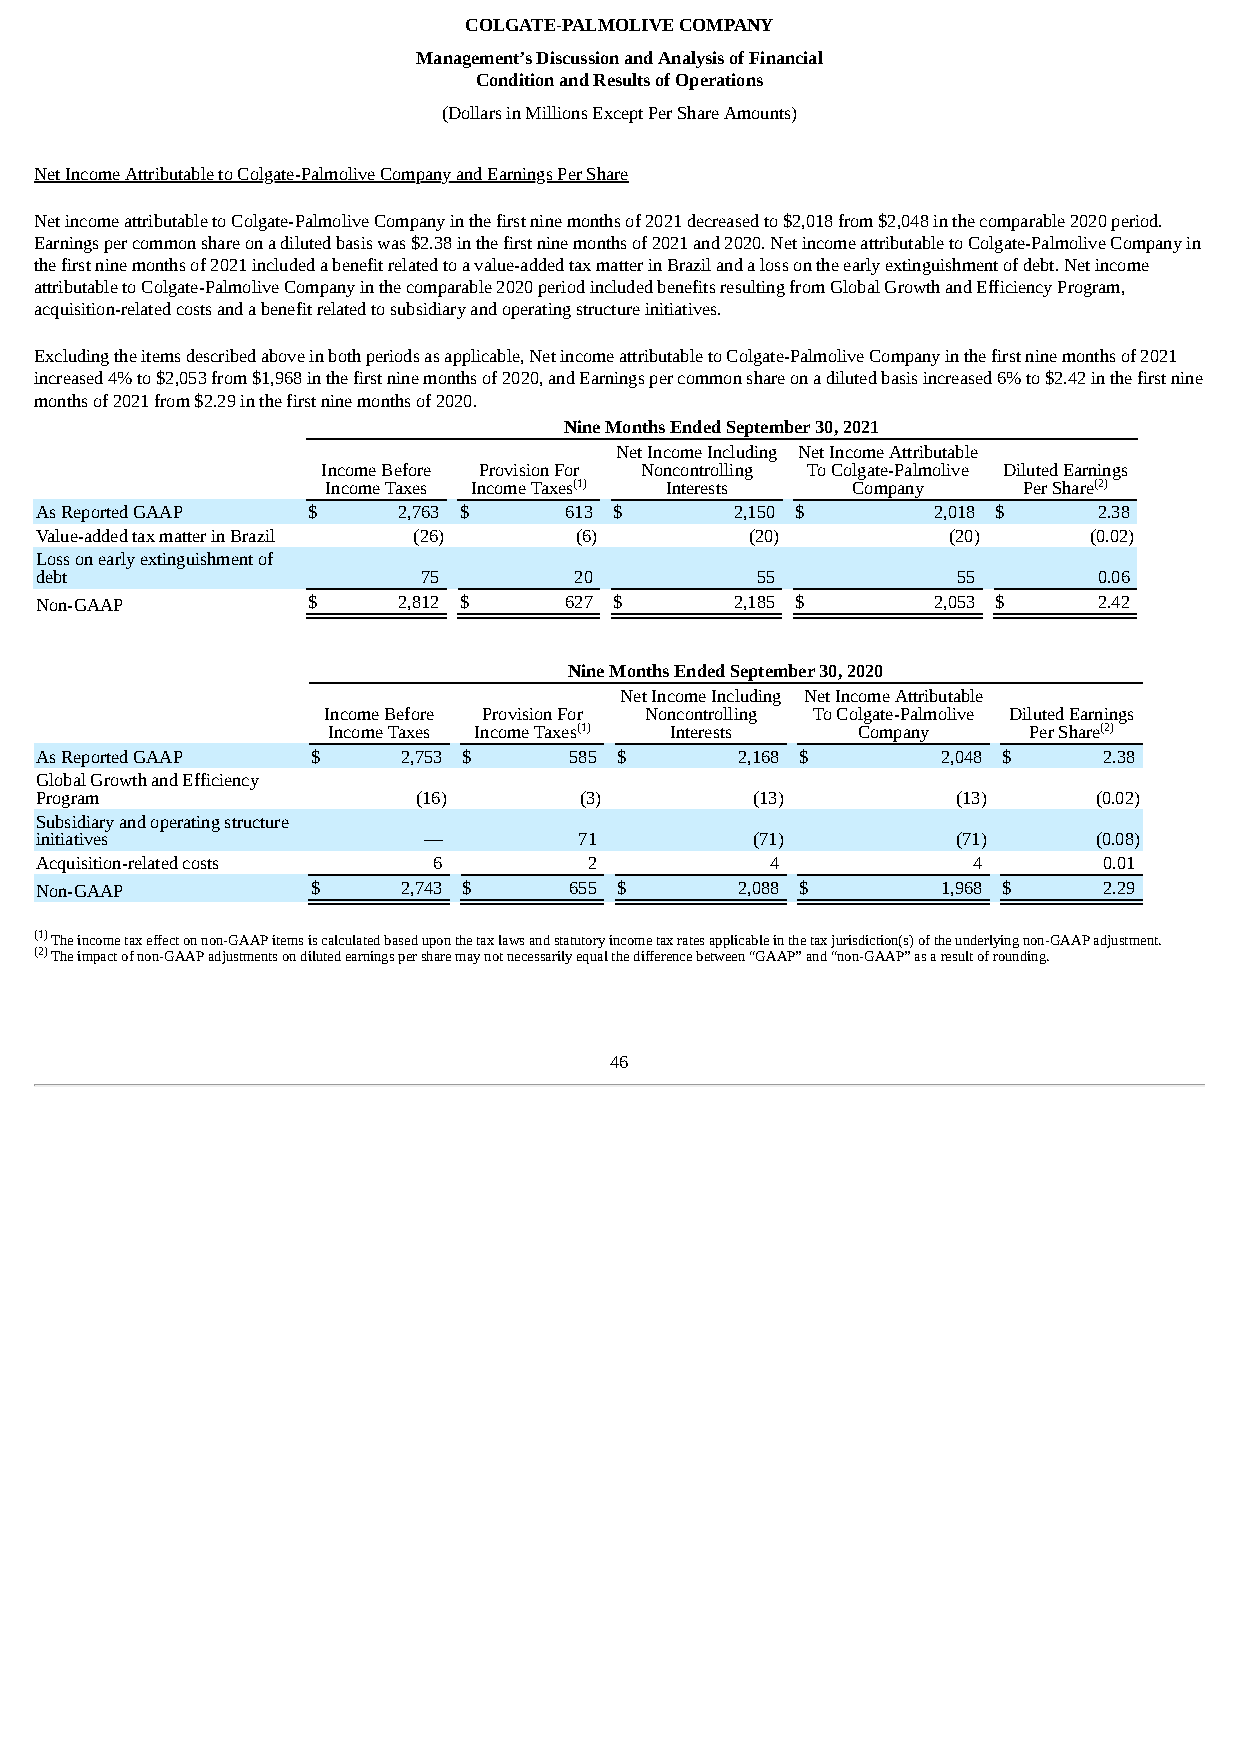
COLGATE-PALMOLIVE COMPANY
 Management’s Discussion and Analysis of Financial
 Condition and Results of Operations
 (Dollars in Millions Except Per Share Amounts)
 Net Income Attributable to Colgate-Palmolive Company and Earnings Per Share
 Net income attributable to Colgate-Palmolive Company in the first nine months of 2021 decreased to $2,018 from $2,048 in the comparable 2020 period.
 Earnings per common share on a diluted basis was $2.38 in the first nine months of 2021 and 2020. Net income attributable to Colgate-Palmolive Company in
 the first nine months of 2021 included a benefit related to a value-added tax matter in Brazil and a loss on the early extinguishment of debt. Net income
 attributable to Colgate-Palmolive Company in the comparable 2020 period included benefits resulting from Global Growth and Efficiency Program,
 acquisition-related costs and a benefit related to subsidiary and operating structure initiatives.
 Excluding the items described above in both periods as applicable, Net income attributable to Colgate-Palmolive Company in the first nine months of 2021
 increased 4% to $2,053 from $1,968 in the first nine months of 2020, and Earnings per common share on a diluted basis increased 6% to $2.42 in the first nine
 months of 2021 from $2.29 in the first nine months of 2020.
 Nine Months Ended September 30, 2021
 Net Income Including Net Income Attributable
 Income Before Provision For Noncontrolling To Colgate-Palmolive Diluted Earnings
 Income Taxes Income Taxes(1) Interests Company Per Share(2)
 As Reported GAAP  $     2,763 $    613 $       2,150 $      2,018 $    2.38
 Value-added tax matter in Brazil (26) (6)       (20)         (20)     (0.02)
 Loss on early extinguishment of
 debt                      75        20          55           55        0.06
 Non-GAAP          $     2,812 $    627 $       2,185 $      2,053 $    2.42
 Nine Months Ended September 30, 2020
 Net Income Including Net Income Attributable
 Income Before Provision For Noncontrolling To Colgate-Palmolive Diluted Earnings
 Income Taxes Income Taxes(1) Interests Company Per Share(2)
 As Reported GAAP   $     2,753 $    585 $      2,168 $      2,048 $    2.38
 Global Growth and Efficiency
 Program                   (16)      (3)         (13)         (13)      (0.02)
 Subsidiary and operating structure
 initiatives               —         71          (71)         (71)      (0.08)
 Acquisition-related costs  6         2           4            4        0.01
 Non-GAAP           $     2,743 $    655 $      2,088 $      1,968 $    2.29
 (1) The income tax effect on non-GAAP items is calculated based upon the tax laws and statutory income tax rates applicable in the tax jurisdiction(s) of the underlying non-GAAP adjustment.
 (2) The impact of non-GAAP adjustments on diluted earnings per share may not necessarily equal the difference between “GAAP” and “non-GAAP” as a result of rounding.
 46